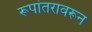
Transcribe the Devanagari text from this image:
रूपांतरावरून